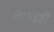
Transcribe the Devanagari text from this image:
आवडही